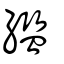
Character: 繿